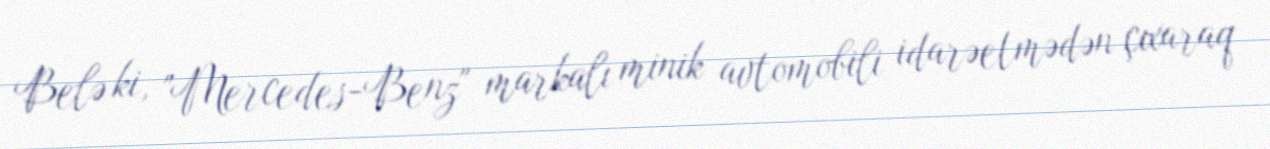
Belə ki, "Mercedes-Benz" markalı minik avtomobili idarəetmədən çıxaraq